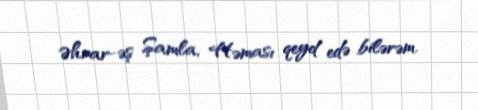
Əhrar-əş Şamla, Həması qeyd edə bilərəm.